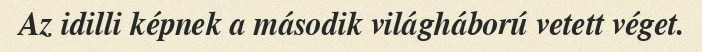
Az idilli képnek a második világháború vetett véget.